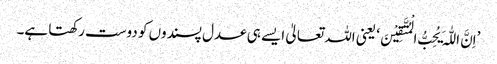
’اِنَّ اللّٰہَ یُحِبُّ الْمُتَّقِیْنَ‘ یعنی اللہ تعالیٰ ایسے ہی عدل پسندوں کو دوست رکھتا ہے۔